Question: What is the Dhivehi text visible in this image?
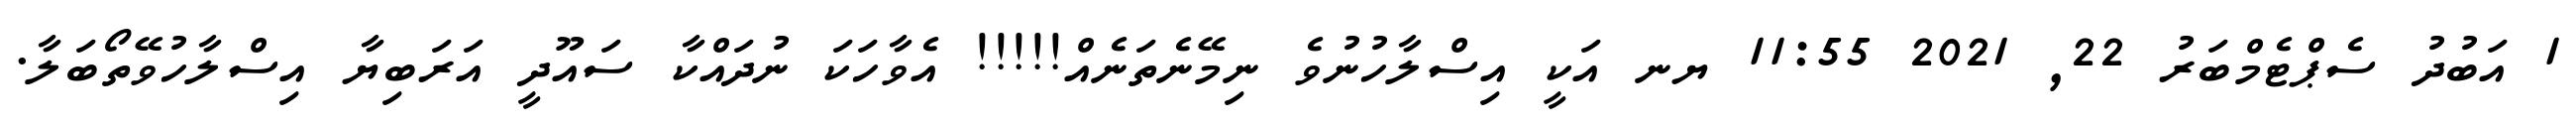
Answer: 1 އަބުދު ސެޕްޓެމްބަރު 22, 2021 11:55 ޔނ އަކީ އިސްލާހުނުވެ ނިމޭނެތަނެއް!!!!! އެވާހަކަ ނުދައްކާ ސައޫދީ އަރަބިޔާ އިސްލާހުވޭތޯބަލާ.